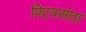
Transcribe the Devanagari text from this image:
पिएत्रसंता